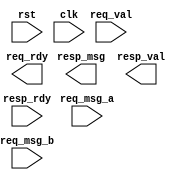
/*****************************************************************************************************
* Description:                 Pipelined multiplier template
*
* Author:                      
*
* Email:                       
*
* Rev History:
*       <Author>        <Date>        <Hardware>     <Version>        
*     
*****************************************************************************************************/

module multiplier(
    rst,
    clk,
    req_msg_a,
    req_msg_b,
    req_val,
    req_rdy,
    resp_msg,
    resp_val,
    resp_rdy
    );

    input  rst;// Reset
    input  clk;// System clk
    input  [31:0] req_msg_a;// Operand a
    input  [31:0] req_msg_b;// Operand b
    input  req_val;// Operation request
    output req_rdy;// New operands could be accepted, if it is deasserted, req_val and req_msg will be ignored

    output [63:0] resp_msg;// Multiplier result output
    output resp_val;// Multiplier result valid flag
    input  resp_rdy;// Host ready to accept the result flag

    //==============================================
    // Put your code here.
    //==============================================
	
	
endmodule